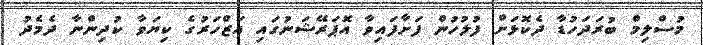
މުސްލިމް ބުރަދަހުޑާ ދެކޮޅަށް ފުލުހުން ފަށާފައިވާ އޮޕަރޭޝަނުގައި އަޒްހަރުގެ ކިޔަވާ ކުދިންނާ ދެމެދު